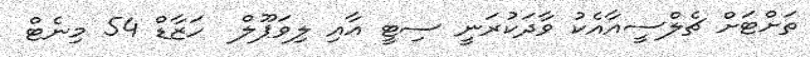
ތަށްޓަށް ޗެލްސީއާއެކު ވާދަކުރަނީ ސިޓީ އާއި ލިވަޕޫލް  ހަޒާޑް 54 މިނެޓް